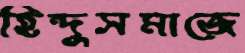
হিন্দুসমাজে